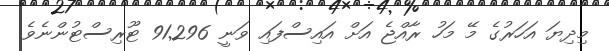
މިދިޔަ އަހަރުގެ މޭ މަހު ރާއްޖެ އަށް އައިސްފައި ވަނީ 91